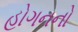
હોગનનો